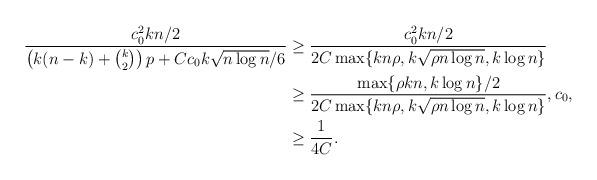
LaTeX: \begin{align*} \frac{c_0^2k n /2}{\left(k(n-k)+\binom{k}{2}\right)p+Cc_0k \sqrt{n \log n}/6} & \geq \frac{ c_0^2k n /2 }{ 2C\max\{kn\rho,k \sqrt{\rho n \log n},k \log n\}} \\& \geq \frac{ \max\{\rho kn ,k \log n\}/2}{ 2C\max\{kn\rho,k \sqrt{\rho n \log n},k \log n\}}, c_0, \\& \geq \frac{1}{4C}.\end{align*}